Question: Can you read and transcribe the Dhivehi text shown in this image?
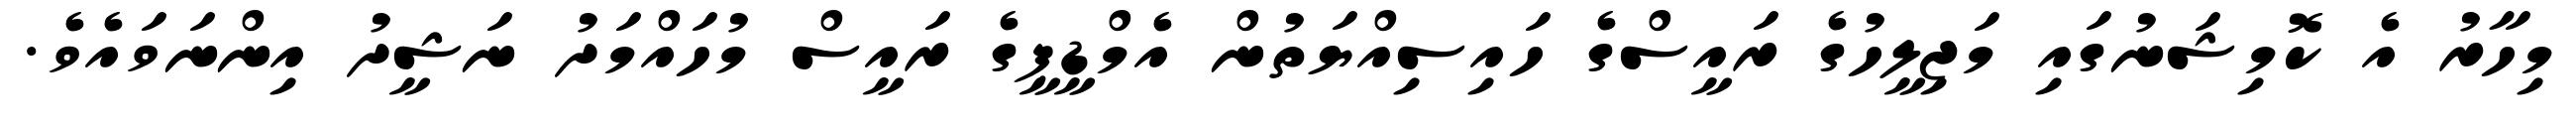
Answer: މިހާރު އެ ކޮމިޝަނުގައި މަޖިލީހުގެ ރައީސްގެ ހައިސިއްޔަތުން އެމްޑީޕީގެ ރައީސް މުހައްމަދު ނަޝީދު އިންނަވައެވެ.